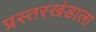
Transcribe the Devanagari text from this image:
प्रस्तरखंडाला